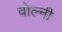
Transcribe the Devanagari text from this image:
वोल्नी